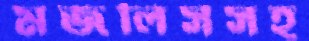
মজলিসসহ